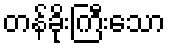
တန်ခိုးကြီးသော